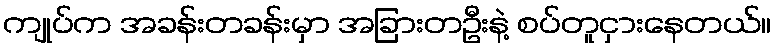
ကျုပ်က အခန်းတခန်းမှာ အခြားတဦးနဲ့ စပ်တူငှားနေတယ်။